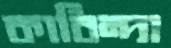
কাবিন্দা